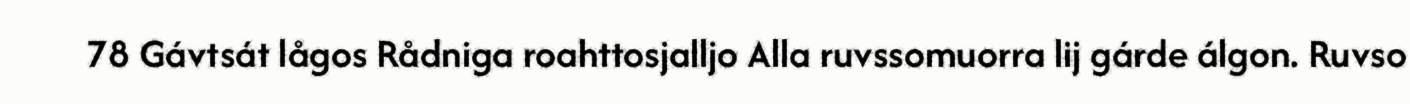
78 Gávtsát lågos Rådniga roahttosjalljo Alla ruvssomuorra lij gárde álgon. Ruvso